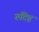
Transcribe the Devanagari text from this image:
रुटिह